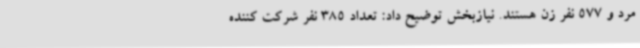
مرد و 577 نفر زن هستند. نیازبخش توضیح داد: تعداد 385 نفر شرکت کننده